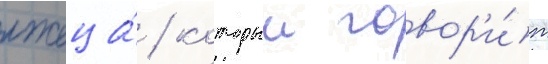
лжеца́ / которыи говор'и́т